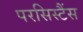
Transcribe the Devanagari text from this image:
परसिस्टैंस